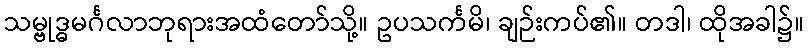
သမ္ဗုဒ္ဓမင်္ဂလာဘုရားအထံတော်သို့။ ဥပသင်္ကမိ၊ ချဉ်းကပ်၏။ တဒါ၊ ထိုအခါ၌။